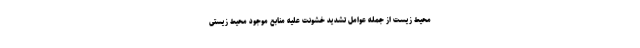
محیط‌ زیست از جمله عوامل تشدید خشونت علیه منابع موجود محیط‌ زیستی